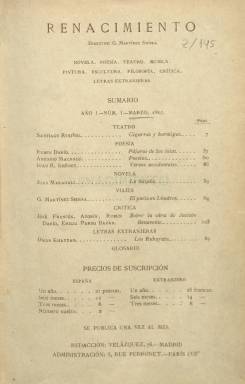
Título: Renacimiento (Madrid. 1907)
Colección: Literatura
Ámbito geográfico: Madrid
Lugar de publicación: Madrid
Fechas: 01/03/1907-31/12/1907

Esta publicación mensual es uno de los puntales del Modernismo en España, movimiento literario de renovación estética del lenguaje cuyo comienzo se asocia a la publicación en 1888 de Azul, del poeta Rubén Darío, y que se prolongó hasta el segundo decenio del siglo XX.

   La importancia de esta revista para la literatura española es fundamental como plataforma de autores que llegarían a alcanzar una gran relevancia en las letras hispánicas, a pesar de que sólo se editaron diez números, de marzo a diciembre de 1907. Salta a la vista este papel clave solamente viendo los colaboradores del primer número de marzo:  Santiago Rusiñol (teatro), Rubén Darío, Antonio Machado,  Juan Ramón Jiménez (poesía), Joan Maragall (novela), Gregorio Martínez Sierra (viajes), José Francés, Azorín, Rubén Darío de nuevo, Emilia Pardo Bazán (crítica).

   En otros números de la publicación colaboraron figuras como Miguel de Unamuno,  Salvador Rueda, Amado Nervo, Eugenio d’Ors, Rafael Cansinos Assens, Eduardo Marquina, Manuel Machado… Como prueba de su importancia para la literatura española, en 2012 se publicó la obra La revista Renacimiento (1907). Una contribución al programa ético y estético del Modernismo  hispánico, a cargo de Inmaculada Rodríguez Moranta, doctora en Filología Hispánica y profesora en la Universidad Internacional de La Rioja.

   Antes de Renacimiento, el director de la publicación, Gregorio Martínez Sierra, había fundado las revistas Vida moderna y Helios, está última en compañía de Juan Ramón Jiménez y Ramón Pérez de Ayala. Martínez Sierra fue a su vez escritor y dramaturgo, además de director y empresario teatral. Muchas de sus obras fueron escritas en colaboración con su mujer María Lejárraga. Y en su mayor parte, la intervención de ella fue mayor cuando no la única. A este matrimonio se debe un buen número de iniciativas culturales del primer tercio del siglo XX, como el Teatro de arte, a semejanza de otras experiencias similares en Europa.

    En el número 10 y último de la revista, que superaba las cien páginas por entrega, se anunció su desaparición para fusionarse con La Lectura. En una introducción del propio Gregorio Martínez Sierra se decía:  No teman los fieles de La Lectura por la seriedad castiza, ni los de Renacimiento por la exquisita modernidad de sus respectivas revistas; papel y espíritu hay, gracias seas dadas a la Verdad y a la Belleza para contentar a todos en abundancia…

[Descripción publicada el 31/10/2019]